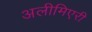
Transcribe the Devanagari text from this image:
अलीमिएरी